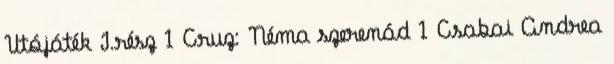
Utójáték I.rész 1 Cruz: Néma szerenád 1 Csabai Andrea